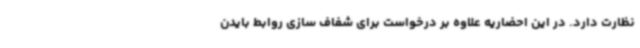
نظارت دارد. در این احضاریه علاوه بر درخواست برای شفاف سازی روابط بایدن